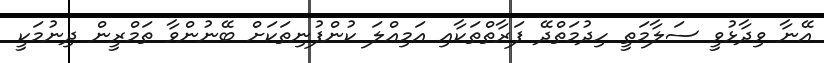
އޭނާ ވިދާޅުވީ ސަލާމަތީ ހިދުމަތްދޭ ފަރާތްތަކާއި އަމިއްލަ ކުންފުނިތަކަށް ބޭނުންވާ ތަމްރީން ދިނުމަކީ